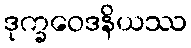
ဒုက္ခဝေဒနိယဿ